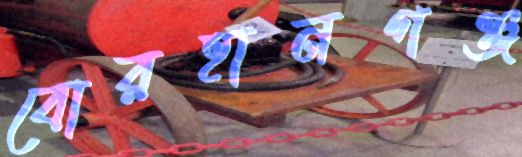
বোরহানগঞ্জ